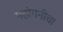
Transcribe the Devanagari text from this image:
महोगनीचा